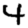
Digit: 4